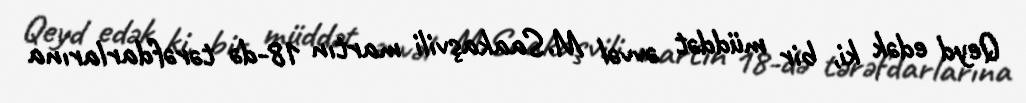
Qeyd edək ki, bir müddət əvvəl M.Saakaşvili martın 18-də tərəfdarlarına